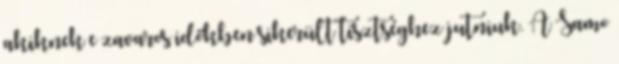
akiknek e zavaros időkben sikerült tisztséghez jutniuk. A Samo